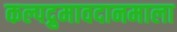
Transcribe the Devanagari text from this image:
कल्पद्रुमावदानमाला